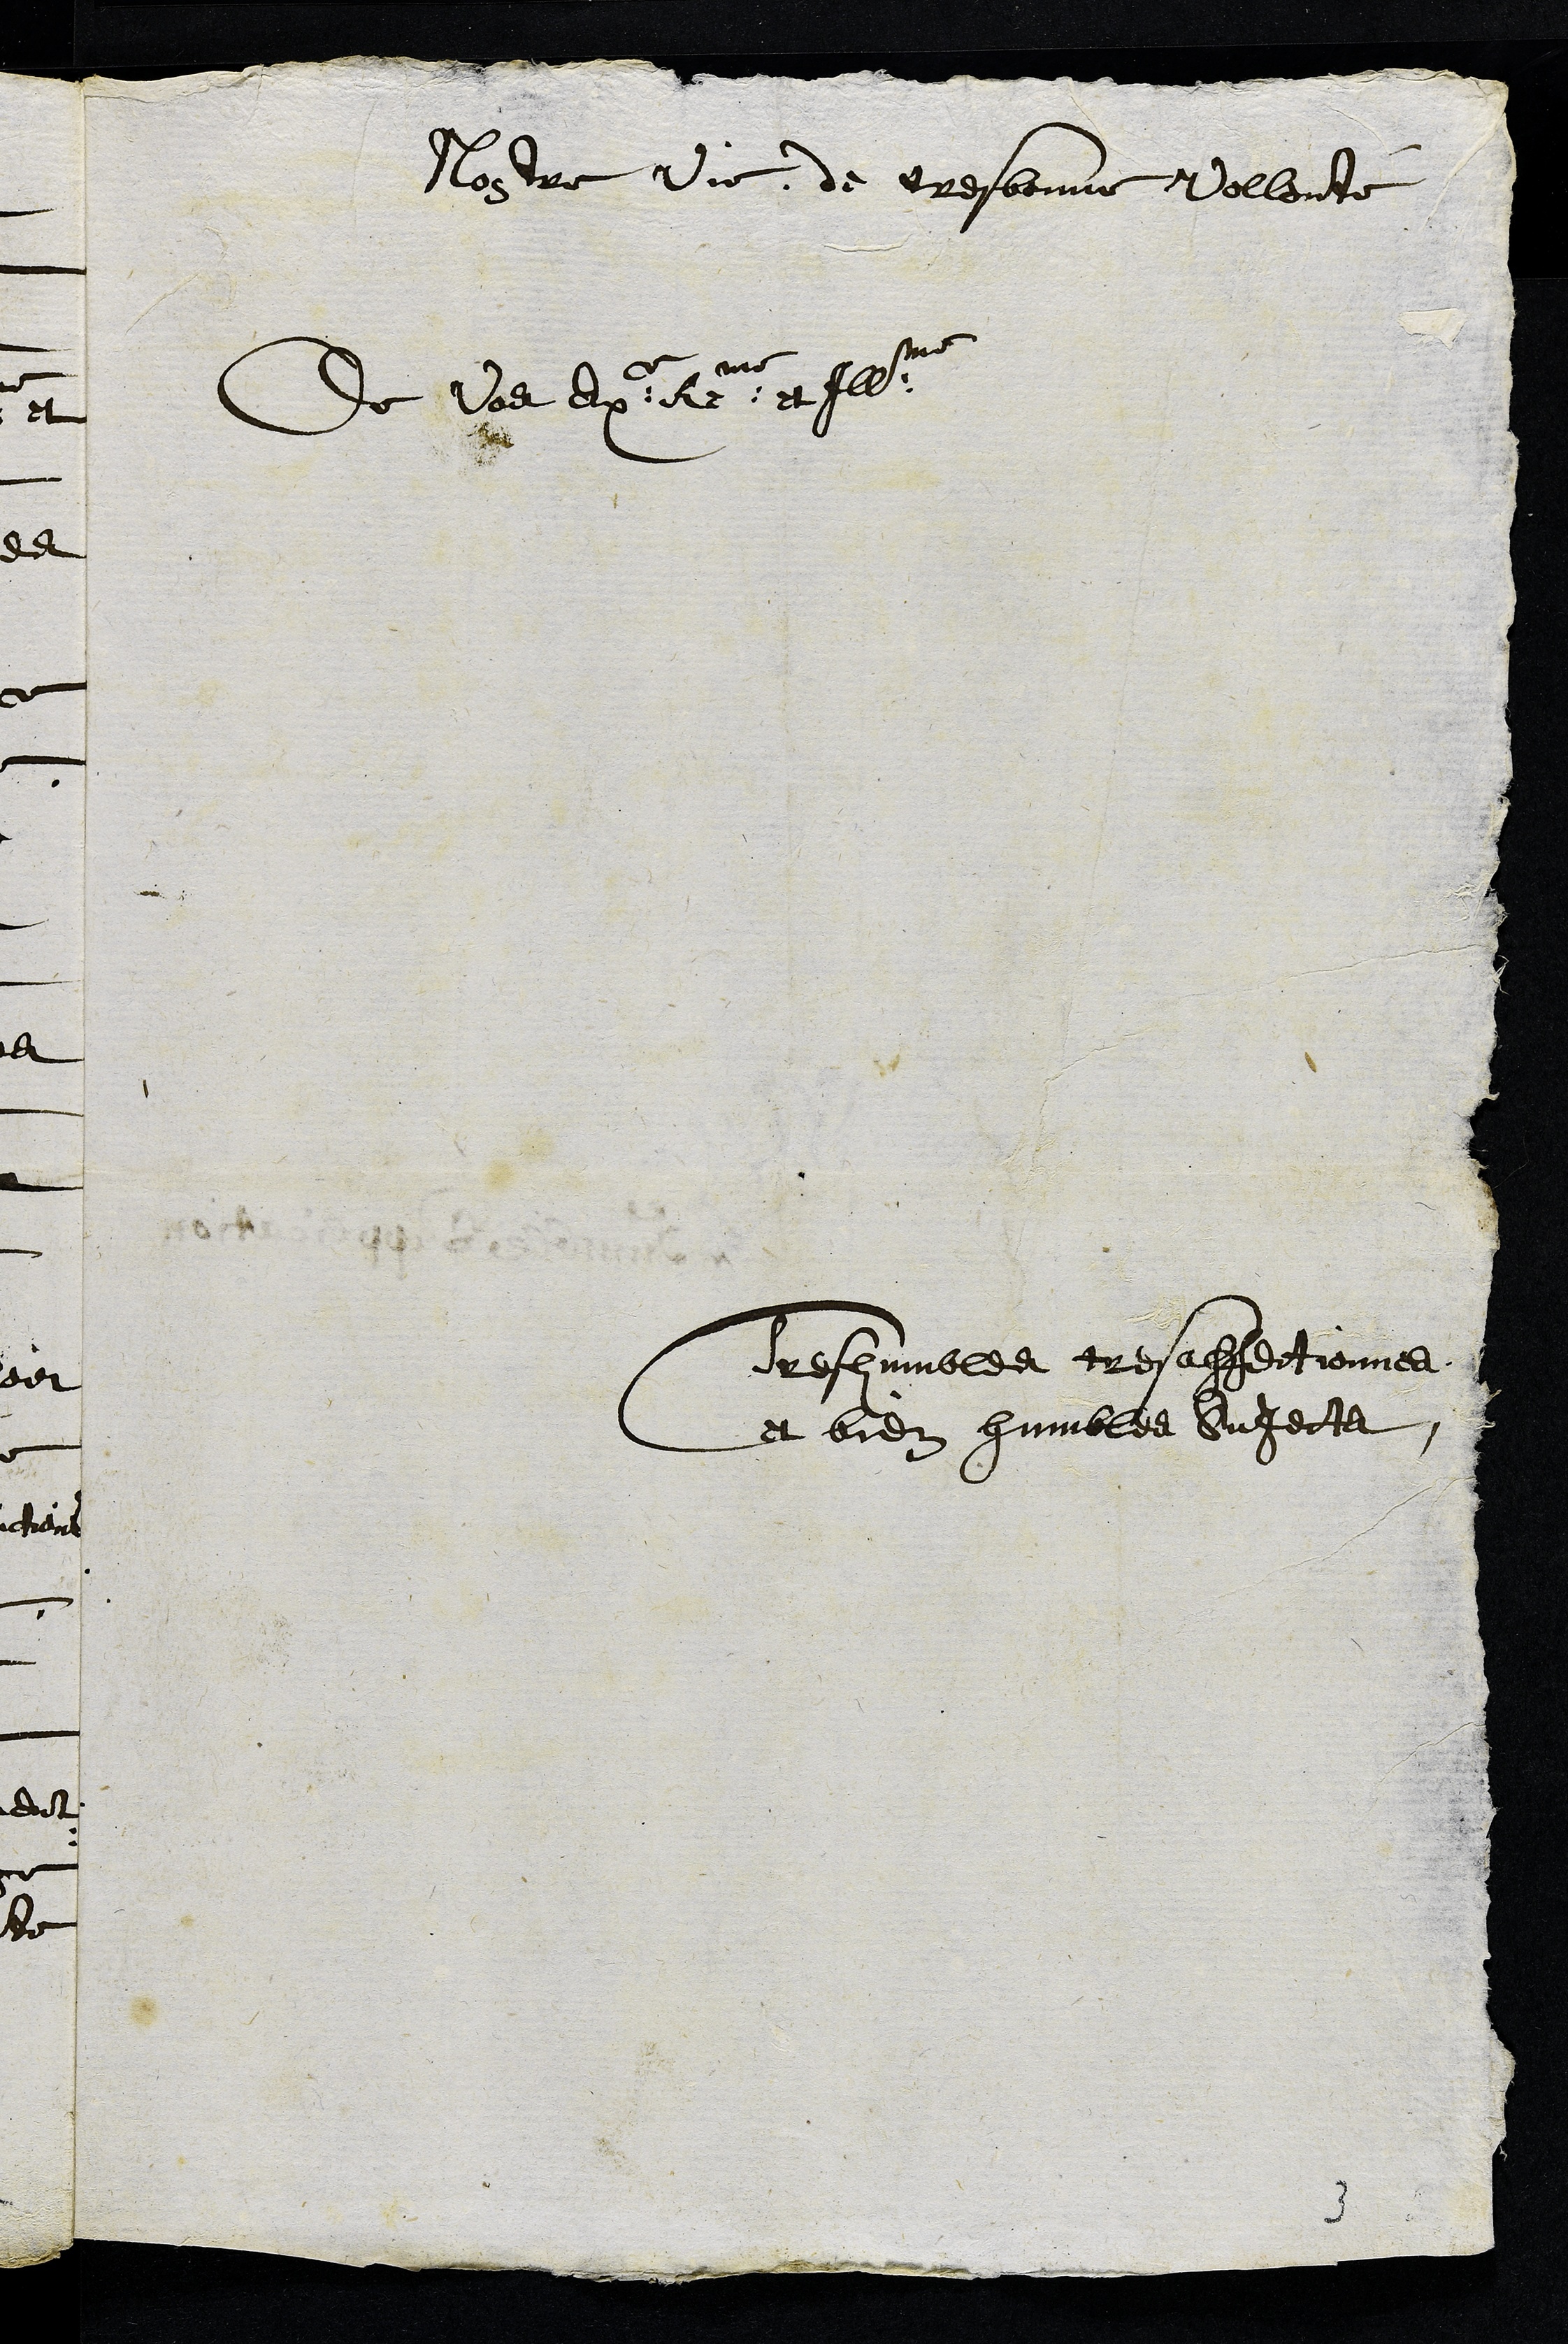
Nostre vie, de tres bonne Vollonté
De Vos Exce Reme et Illme
Tres humbles tres affectionnes
et bien humbles Sujects
3